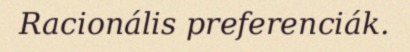
Racionális preferenciák.